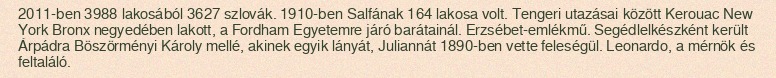
2011-ben 3988 lakosából 3627 szlovák. 1910-ben Salfának 164 lakosa volt. Tengeri utazásai között Kerouac New York Bronx negyedében lakott, a Fordham Egyetemre járó barátainál. Erzsébet-emlékmű. Segédlelkészként került Árpádra Böszörményi Károly mellé, akinek egyik lányát, Juliannát 1890-ben vette feleségül. Leonardo, a mérnök és feltaláló.